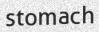
stomach